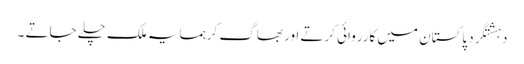
دہشتگرد پاکستان میں کارروائی کرتے اور بھاگ کرہمسایہ ملک چلے جاتے ۔